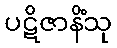
ပဋိဇာနိံသု